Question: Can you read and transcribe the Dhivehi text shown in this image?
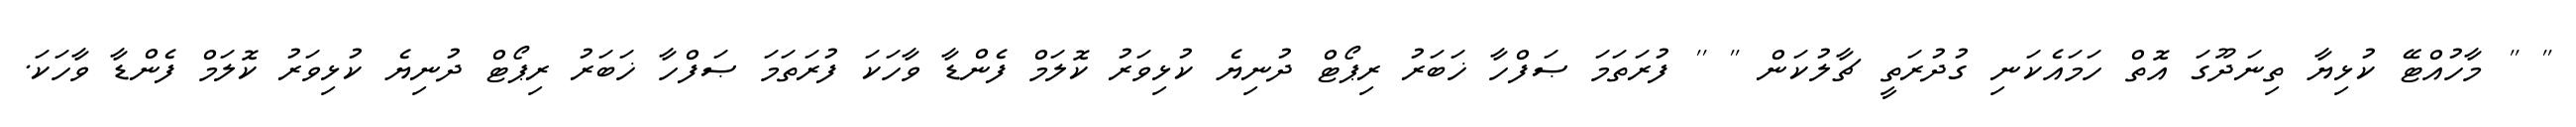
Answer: '' '' މާހުއްޓޭ ކުޅިޔާ ތިނަދޫގަ އޮތް ހަމައެކަނި ގުދުރަތީ ޗާލުކަން '' '' ފުރަތަމަ ޞަފްހާ ޚަބަރު ރިޕޯޓް ދުނިޔެ ކުޅިވަރު ކޮލަމް ފެންޑާ ވާހަކަ ފުރަތަމަ ޞަފްހާ ޚަބަރު ރިޕޯޓް ދުނިޔެ ކުޅިވަރު ކޮލަމް ފެންޑާ ވާހަކަ.